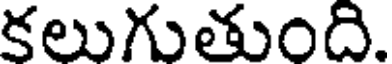
కలుగుతుంది.